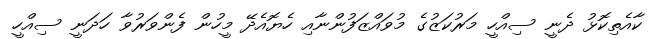
ކާއެތިކޮޅު ދެނީ ސިއްހީ މަރުކަޒުގެ މުވައްޒަފުންނާއި ހެޔޮއެދޭ މީހުން ފެންވަރުވާ ހަދަނީ ސިއްހީ